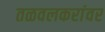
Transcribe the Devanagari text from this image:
तळवलकरांवर